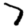
Digit: 7